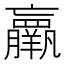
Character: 𮊵